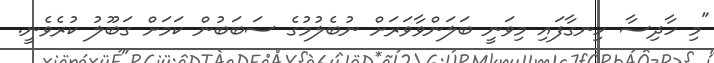
"މި ހާދިސާ ހިނގާފައި މިވަނީ ބަލަންވާވަރަށް ނުބެލުމުގެ ސަބަބުން ކަމަށް ގަބޫލު ކުރެވެނީ.